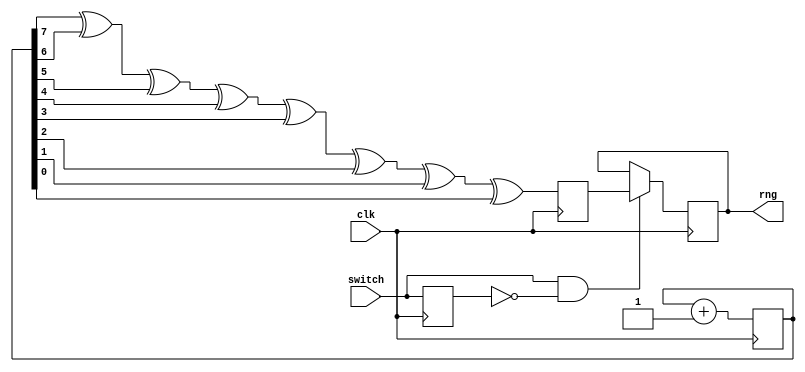
module randomizer(
    input clk,
    input switch,
    output reg rng
    );
    
    reg [7:0] bit_counter = 0;
    reg intermediate = 0;
    reg bool = 0;
    
    always @ (posedge clk)
    begin
    bit_counter <= bit_counter + 1;
    
    intermediate <= bit_counter[7]^bit_counter[6]^bit_counter[5]^bit_counter[4]^bit_counter[3]^bit_counter[2]^bit_counter[1]^bit_counter[0];
    end
    
    always @ (posedge clk)
    begin
    if (switch && !bool)
        begin
        rng <= intermediate;
        end
        bool <= switch;
    end
    
    
    
endmodule